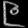
Digit: ၉